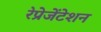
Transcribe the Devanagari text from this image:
रेप्रेजेंटेशन